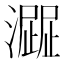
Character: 𤁍